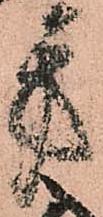
方